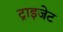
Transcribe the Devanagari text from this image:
ट्राइजेट